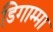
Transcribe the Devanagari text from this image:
डिगाम्मा